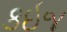
કઇજ